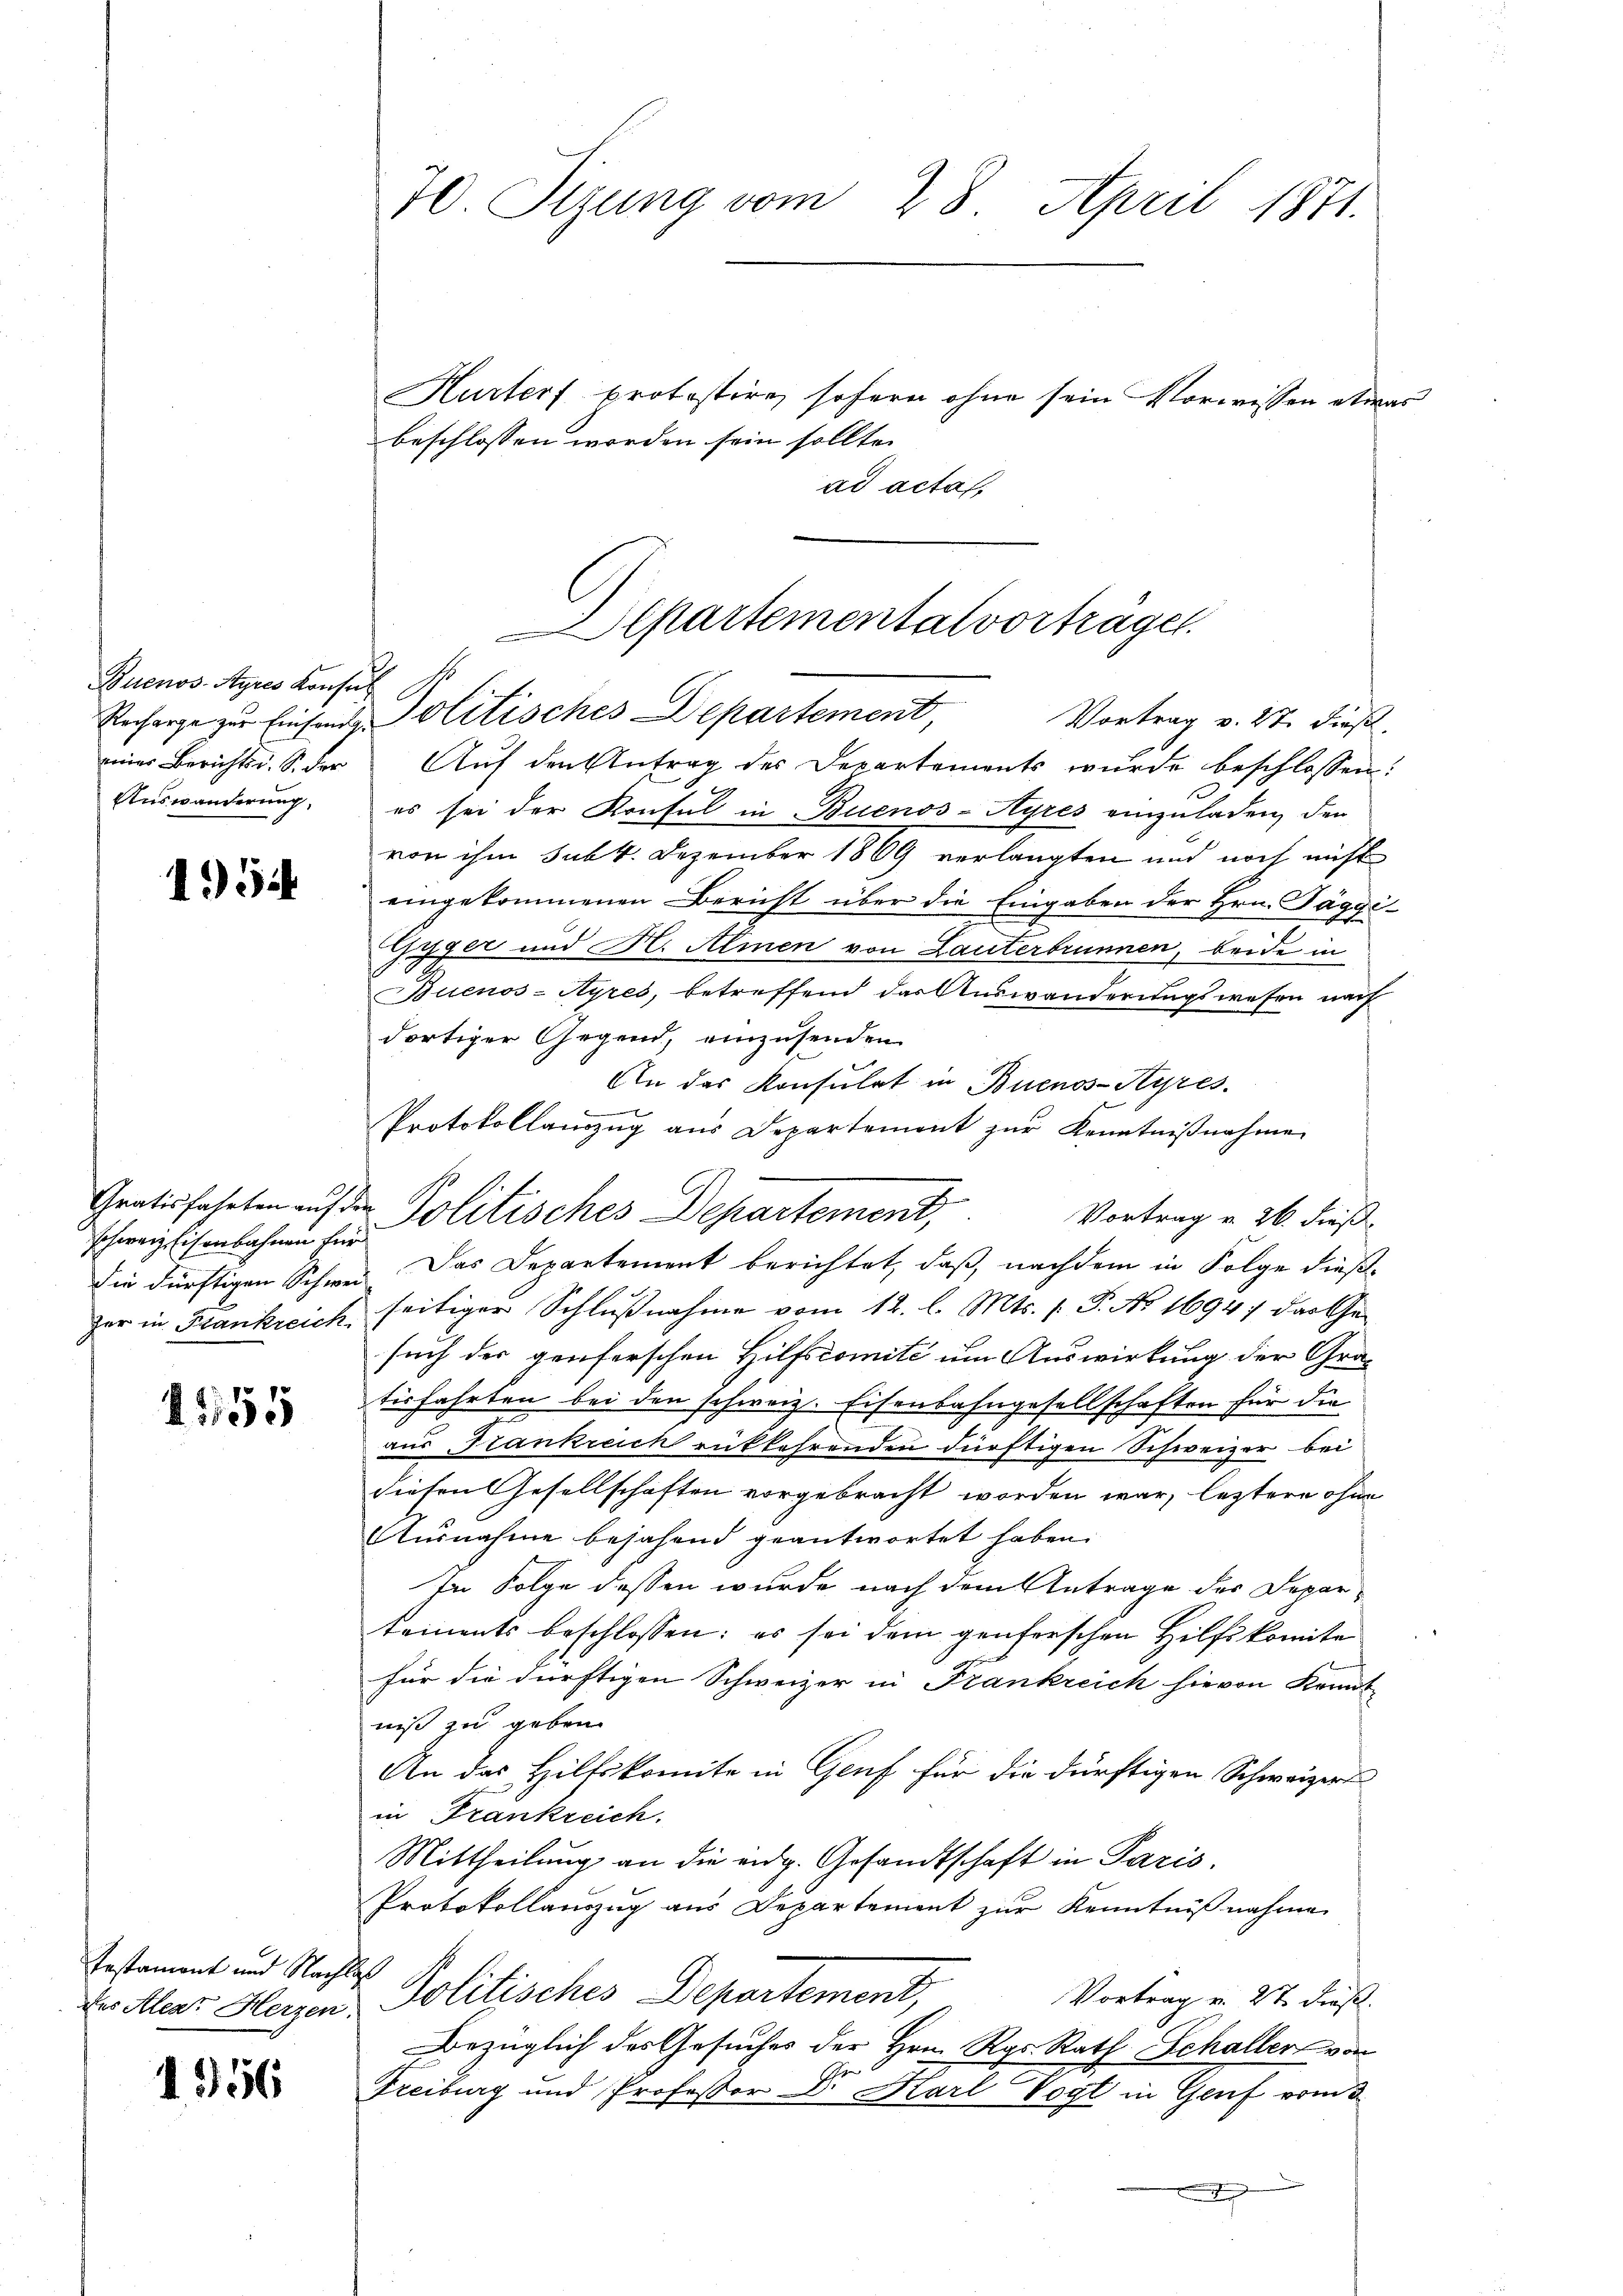
Buenos-Ayres Konse
Recharge zur Einsändg.
einer Berichts u. S. der
Auswanderung.

1954

Gratisfahrten auf die
schweiz. Eisenbahnen für
die dürftigen Schwei
zer in Krankreich

1555

Testament und Nachlas
des Alear Herzen.

1556

70 Sizung vom 28. April 1871.

Hurters protestire, sofern ohne sein Vorwissen etwas
beschlossen worden sein sollte.
ad acta,
Auf den Antrag des Departements wurde beschlossen:
es sei der Konsul in Buenos-Ayres einzuladen, den
von ihm subk. Dezember 1869 verlangten und noch nicht
eingekommenen Bericht über die Eingaben der Hrn. Päggi¬
Gyger und H. Almen von Lauterbrunnen, beide in
Buenos-Ayres, betreffend der Auswanderungswesen nach
dortiger Gegend, einzusenden
An das Konsulat in Buenos-Ayres.
.
Protokollanzŭg aŭs Departement zŭr Kenntniβnahme
Politisches Departement,
Vortrag u. 26. dieß
Das Departement berichtet, daß, nachdem in Folge dießseitiger Schlußnahme vom 12. l. Mts. (T. No 1694; das Gesuch der genferschen Hilfscomite um Auswirkung der Gratisfahrten bei den schweiz. Eisenbahngesellschaften für die
aus Frankreich rükkehrenden dürftigen Schweizer bei
diesen Gesellschaften vorgebracht worden war, leztere ohne
Ausnahme bejahend geantwortet haben.
In Folge dessen wurde nach dem Antrage des Departements beschlossen: es sei dem genferschen Hilfskomite
für die dürftigen Schweizer in Frankreich hievon Kenntniß zu geben.
An das Hilfskomite in Genf für die dürftigen Schweizers
in Frankreich.
Mittheilung an die eidg. Gesandtschaft in Paris.
Protokollanzug aus Departement zur Kenntnißnahme
Politisches Departement,
Vortrag v. 27 dieß.
Bezüglich des Gesuches der Hrn. Rgs. Rath Schaller von
a
Freiburg und Professor Dr. Karl Vogt in Genf vom 3

Aepartemental vorträgen.
Politisches Departement
Vortrag v. 27. dieß